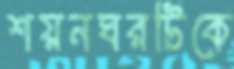
শয়নঘরটিকে